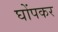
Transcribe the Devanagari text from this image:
घोंपकर